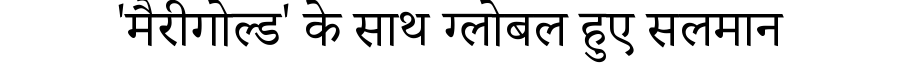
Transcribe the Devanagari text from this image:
'मैरीगोल्ड' के साथ ग्लोबल हुए सलमान